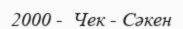
2000 -  Чек - Сәкен